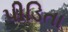
પીડિતા